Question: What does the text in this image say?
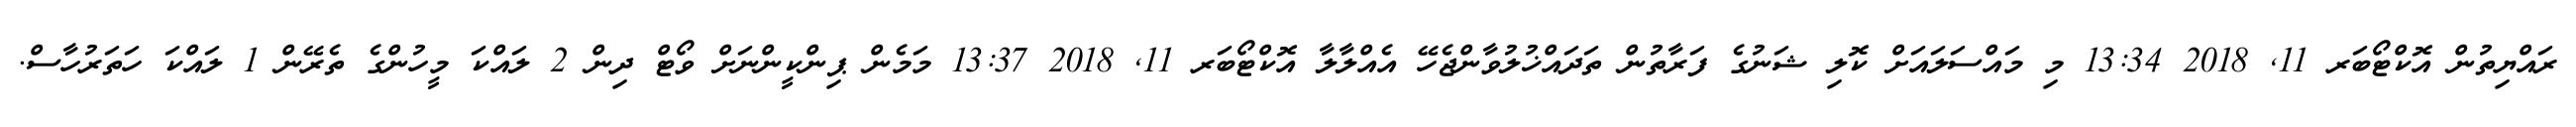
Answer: ރައްޔިތުން އޮކްޓޯބަރ 11, 2018 13:34 މި މައްސަލައަށް ކޮލި ޝަނުގެ ފަރާތުން ތަދައްޚުލުވާންޖެހޭ އެއްލާލާ އޮކްޓޯބަރ 11, 2018 13:37 މަމެން ޕިންކީންނަށް ވޯޓް ދިން 2 ލައްކަ މީހުންގެ ތެރޭން 1 ލައްކަ ހަތަރުހާސް.